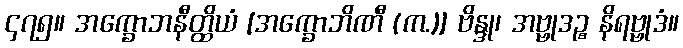
၄၇၅။ အက္ခောဘနီတ္ထိယံ [အက္ခောဘိဏီ (က.)] ဗိန္ဒု၊ အဗ္ဗုဒဉ္စ နိရဗ္ဗုဒံ။